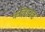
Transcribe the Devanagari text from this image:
कॉलायड